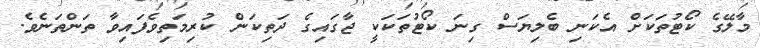
މާލޭގެ ކޯޓުތަކަށް އެކަނި ބެލިޔަސް ގިނަ ކޯޓުތަކަކީ ޖާގައިގެ ދަތިކަން ކުރިމަތިވެފައިވާ ތަންތަނެވެ.